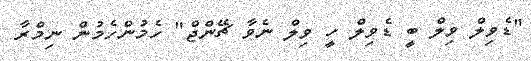
"ޑެވިލް ވިލް ބީ ޑެވިލް ހީ ވިލް ނެވާ ޗޭންޖް" ހެމުންހެމުން ނިމްރާ